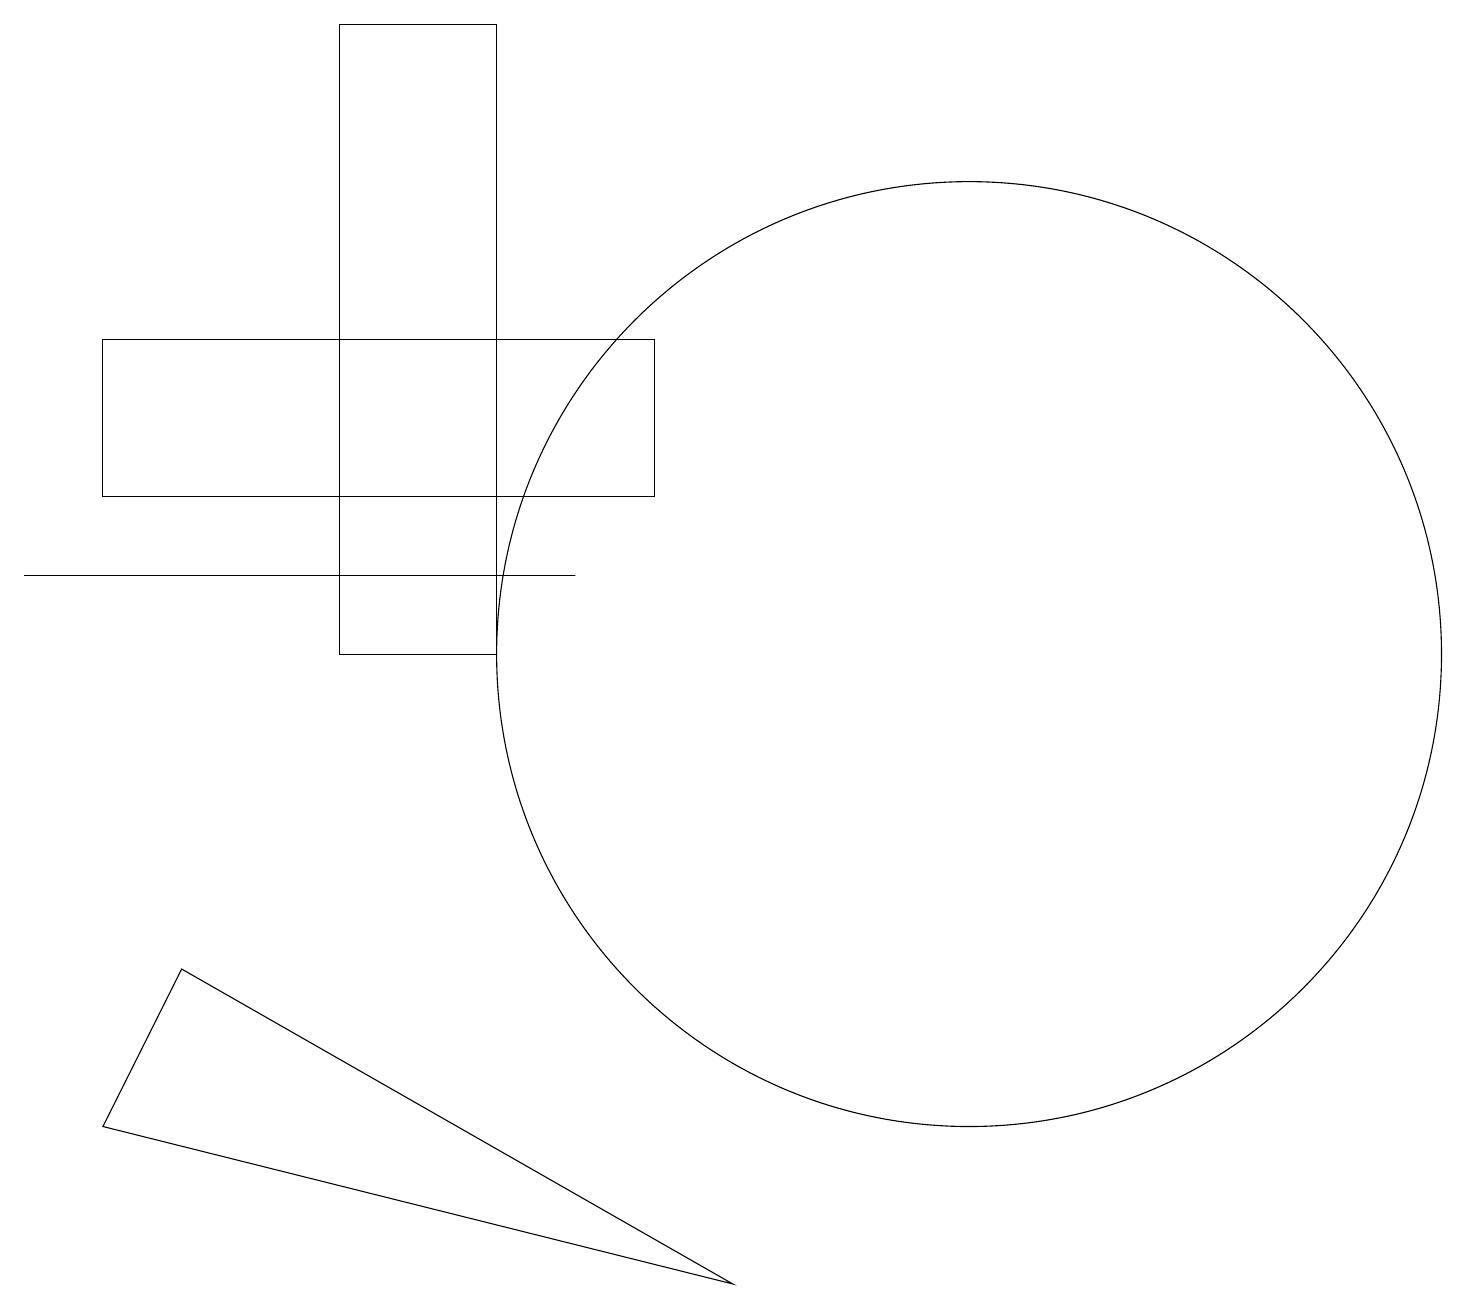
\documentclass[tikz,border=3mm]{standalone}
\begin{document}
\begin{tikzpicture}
\draw (7,12) rectangle (0,12);
\draw (1,13) rectangle (8,15);
\draw (12,11) circle (6);
\draw (6,11) rectangle (4,19);
\draw (9,3) -- (2,7) -- (1,5) -- cycle;
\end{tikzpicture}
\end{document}